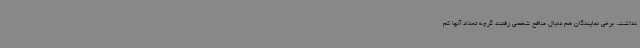
نداشت. برخی نمایندگان هم دنبال منافع شخصی رفتند گرچه تعداد آنها کم